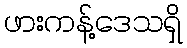
ဖားကန့်ဒေသရှိ